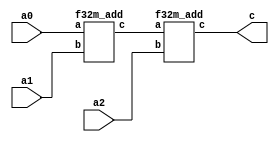
`define M     97          // M is the degree of the irreducible polynomial
`define WIDTH (2*`M-1)    // width for a GF(3^M) element
`define W2    (4*`M-1)    // width for a GF(3^{2*M}) element
`define W3    (6*`M-1)    // width for a GF(3^{3*M}) element
`define W6    (12*`M-1)   // width for a GF(3^{6*M}) element
`define PX    196'h4000000000000000000000000000000000000000001000002 // PX is the irreducible polynomial
`define ZERO {(2*`M){1'b0}}
`define TWO {(2*`M-2){1'b0}},2'b10
`define MOST 2*`M+1:2*`M

module f32m_add3(a0, a1, a2, c);
    input [`W2:0] a0, a1, a2;
    output [`W2:0] c;
    wire [`W2:0] t;
    f32m_add
        ins1 (a0, a1, t), // t == a0+a1
        ins2 (t, a2, c);  // c == t+a2 == a0+a1+a2
endmodule

module f32m_add(a, b, c);
    input [`W2:0] a, b;
    output [`W2:0] c;
    f3m_add 
        a1 (a[`W2:`WIDTH+1], b[`W2:`WIDTH+1], c[`W2:`WIDTH+1]),
        a2 (a[`WIDTH:0], b[`WIDTH:0], c[`WIDTH:0]);
endmodule


module f3m_add(A, B, C);
    input [`WIDTH : 0] A, B;
    output [`WIDTH : 0] C;
    genvar i;
    generate
        for(i=0; i<`M; i=i+1) begin: aa
            f3_add aa(A[(2*i+1) : 2*i], B[(2*i+1) : 2*i], C[(2*i+1) : 2*i]);
        end
    endgenerate
endmodule
module f3_add(A, B, C);
    input [1:0] A, B;
    output [1:0] C;
    wire a0, a1, b0, b1, c0, c1;
    assign {a1, a0} = A;
    assign {b1, b0} = B;
    assign C = {c1, c0};
    assign c0 = ( a0 & ~a1 & ~b0 & ~b1) |
                (~a0 & ~a1 &  b0 & ~b1) |
                (~a0 &  a1 & ~b0 &  b1) ;
    assign c1 = (~a0 &  a1 & ~b0 & ~b1) |
                ( a0 & ~a1 &  b0 & ~b1) |
                (~a0 & ~a1 & ~b0 &  b1) ;
endmodule